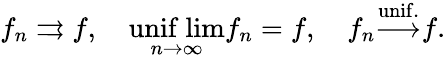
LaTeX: f_{n}\rightrightarrows f,\quad{\underset{n\to\infty}{\mathrm{unif\ lim}}}f_{n}=f,\quad f_{n}{\overset{\mathrm{unif.}}{\longrightarrow}}f.